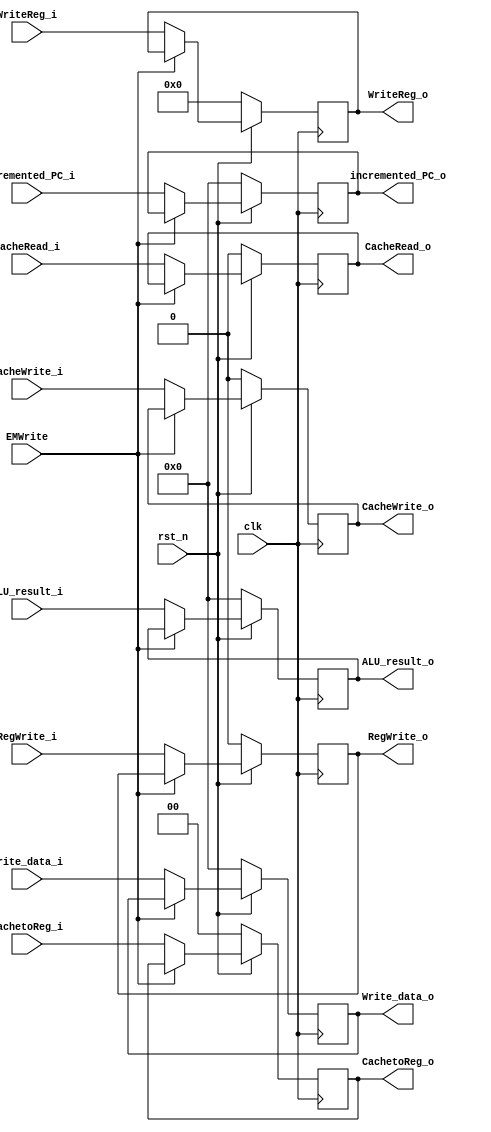
module EX_MEM (
	input   	  clk,     // Clock
	input   	  rst_n,   // Asynchronous reset active low
	input         EMWrite, // cache stall
	/*control inputs*/
	input         CacheRead_i,
	input         CacheWrite_i,
	input   [1:0] CachetoReg_i,
	input         RegWrite_i,
	/*data inputs*/
	input  [31:0] ALU_result_i,
	input  [31:0] Write_data_i,
	input  [31:0] incremented_PC_i,
	input   [4:0] WriteReg_i,
	/*control outputs*/
	output reg        CacheRead_o,
	output reg        CacheWrite_o,
	output reg  [1:0] CachetoReg_o,
	output reg        RegWrite_o,
	/*data outputs*/
	output reg [31:0] ALU_result_o,
	output reg [31:0] Write_data_o,
	output reg [31:0] incremented_PC_o,
	output reg  [4:0] WriteReg_o
);

always @(posedge clk) begin
	if (~rst_n) begin
		CacheRead_o      <= 1'b0;
		CacheWrite_o     <= 1'b0;
		CachetoReg_o     <= 2'b0;
		RegWrite_o 	     <= 1'b0;
		WriteReg_o 	     <= 5'b0;
		ALU_result_o     <= 32'b0;
		Write_data_o     <= 32'b0;
		incremented_PC_o <= 32'b0;
	end else if (EMWrite) begin
		CacheRead_o      <= CacheRead_o;
		CacheWrite_o     <= CacheWrite_o;
		CachetoReg_o     <= CachetoReg_o;
		RegWrite_o 	     <= RegWrite_o;
		WriteReg_o 	     <= WriteReg_o;
		ALU_result_o     <= ALU_result_o;
		Write_data_o     <= Write_data_o;
		incremented_PC_o <= incremented_PC_o;
	end else begin
		CacheRead_o      <= CacheRead_i;
		CacheWrite_o     <= CacheWrite_i;
		CachetoReg_o     <= CachetoReg_i;
		RegWrite_o 	     <= RegWrite_i;
		WriteReg_o 	     <= WriteReg_i;
		ALU_result_o     <= ALU_result_i;
		Write_data_o     <= Write_data_i;
		incremented_PC_o <= incremented_PC_i;
	end
end

endmodule